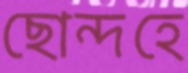
ছোন্দহে